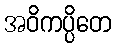
အဝိကပ္ပိတေ